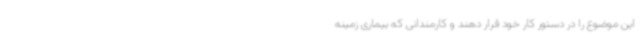
این موضوع را در دستور کار خود قرار دهند و کارمندانی که بیماری زمینه